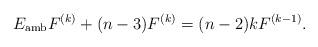
LaTeX: \begin{align*}E_{\mathrm{amb}}F^{(k)}+(n-3)F^{(k)}=(n-2)k F^{(k-1)}.\end{align*}